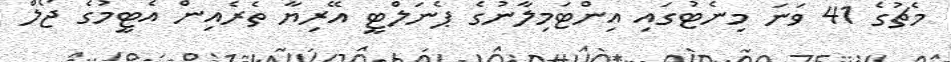
މެޗުގެ 41 ވަނަ މިނެޓުގައި އިންޓަމިލާނުގެ ޕެނަލްޓީ އޭރިޔާ ތެރެއިން އެޓީމުގެ ޖޯލް